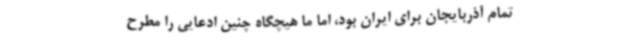
تمام آذربایجان برای ایران بود، اما ما هیچگاه چنین ادعایی را مطرح